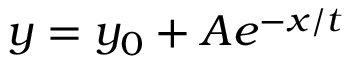
y = y _ { 0 } + A e ^ { - x / t }